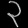
Digit: ၃